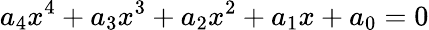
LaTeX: a_{4}x^{4}+a_{3}x^{3}+a_{2}x^{2}+a_{1}x+a_{0}=0